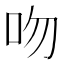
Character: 吻